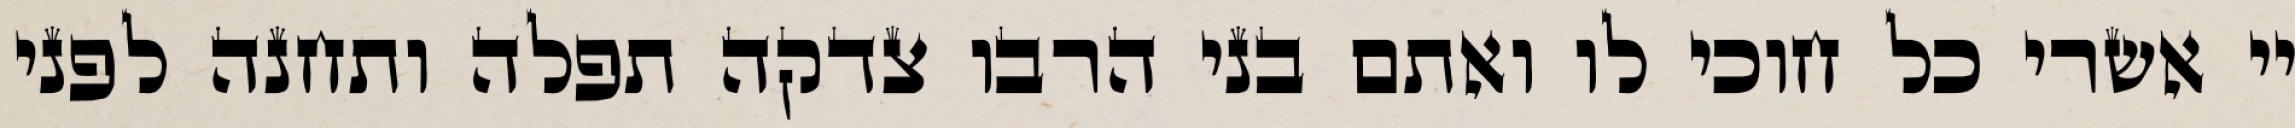
יי אשרי כל חוכי לו ואתם בני הרבו צדקה תפלה ותחנה לפני